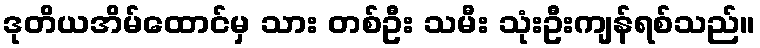
ဒုတိယအိမ်ထောင်မှ သား တစ်ဦး သမီး သုံးဦးကျန်ရစ်သည်။